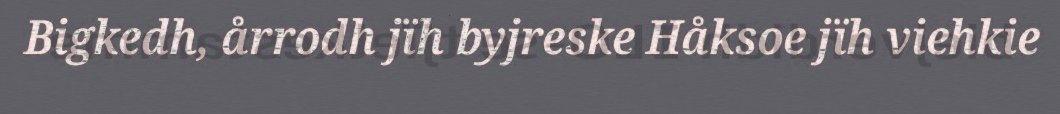
Bigkedh, årrodh jïh byjreske Håksoe jïh viehkie